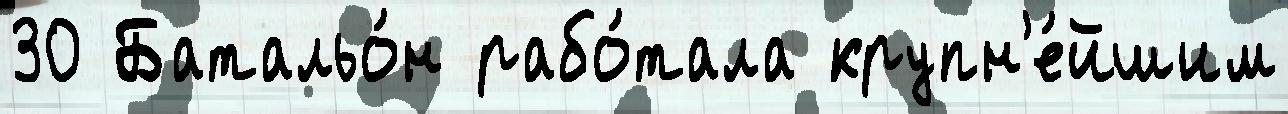
30 Батальо́н рабо́тала крупн'е́йшим